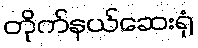
တိုက်နယ်ဆေးရုံ